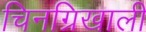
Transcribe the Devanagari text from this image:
चिनग्रिखाली